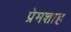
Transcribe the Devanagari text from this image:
प्रेमशाह